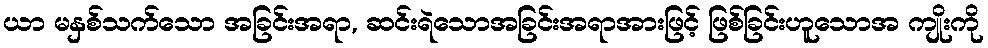
ယာ မနှစ်သက်သော အခြင်းအရာ, ဆင်းရဲသောအခြင်းအရာအားဖြင့် ဖြစ်ခြင်းဟူသောအ ကျိုးကို